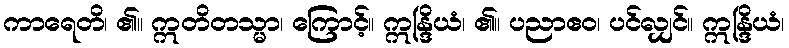
ကာရေတိ၊ ၏။ ဣတိတသ္မာ၊ ကြောင့်။ ဣန္ဒြိယံ၊ ၏။ ပညာဧဝ၊ ပင်လျှင်။ ဣန္ဒြိယံ၊